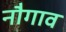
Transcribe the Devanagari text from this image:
नौगाव